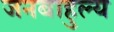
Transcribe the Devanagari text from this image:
जनबाहुल्य